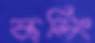
কলিং